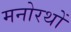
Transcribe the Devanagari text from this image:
मनोरथों